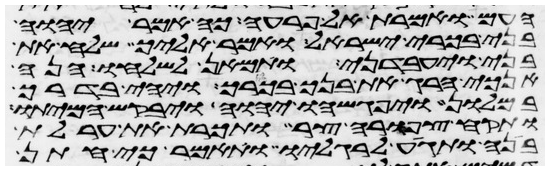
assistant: העם ואמרת אל פרעה כה אמר יהוה
בני בכורי ישראל ואמר אליך שלח את
בני ויעבדני ותמאן לשלחו הנה
אנכי הרג את בנך בכורך ויהי בדרך
במלון ויפגשהו יהוה ויבקש המיתו
ותקח צפורה צר ותכרת את ערלת
בנה ותגיע לרגליו ותאמר כי חתן